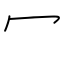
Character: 冖